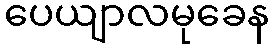
ပေယျာလမုခေန